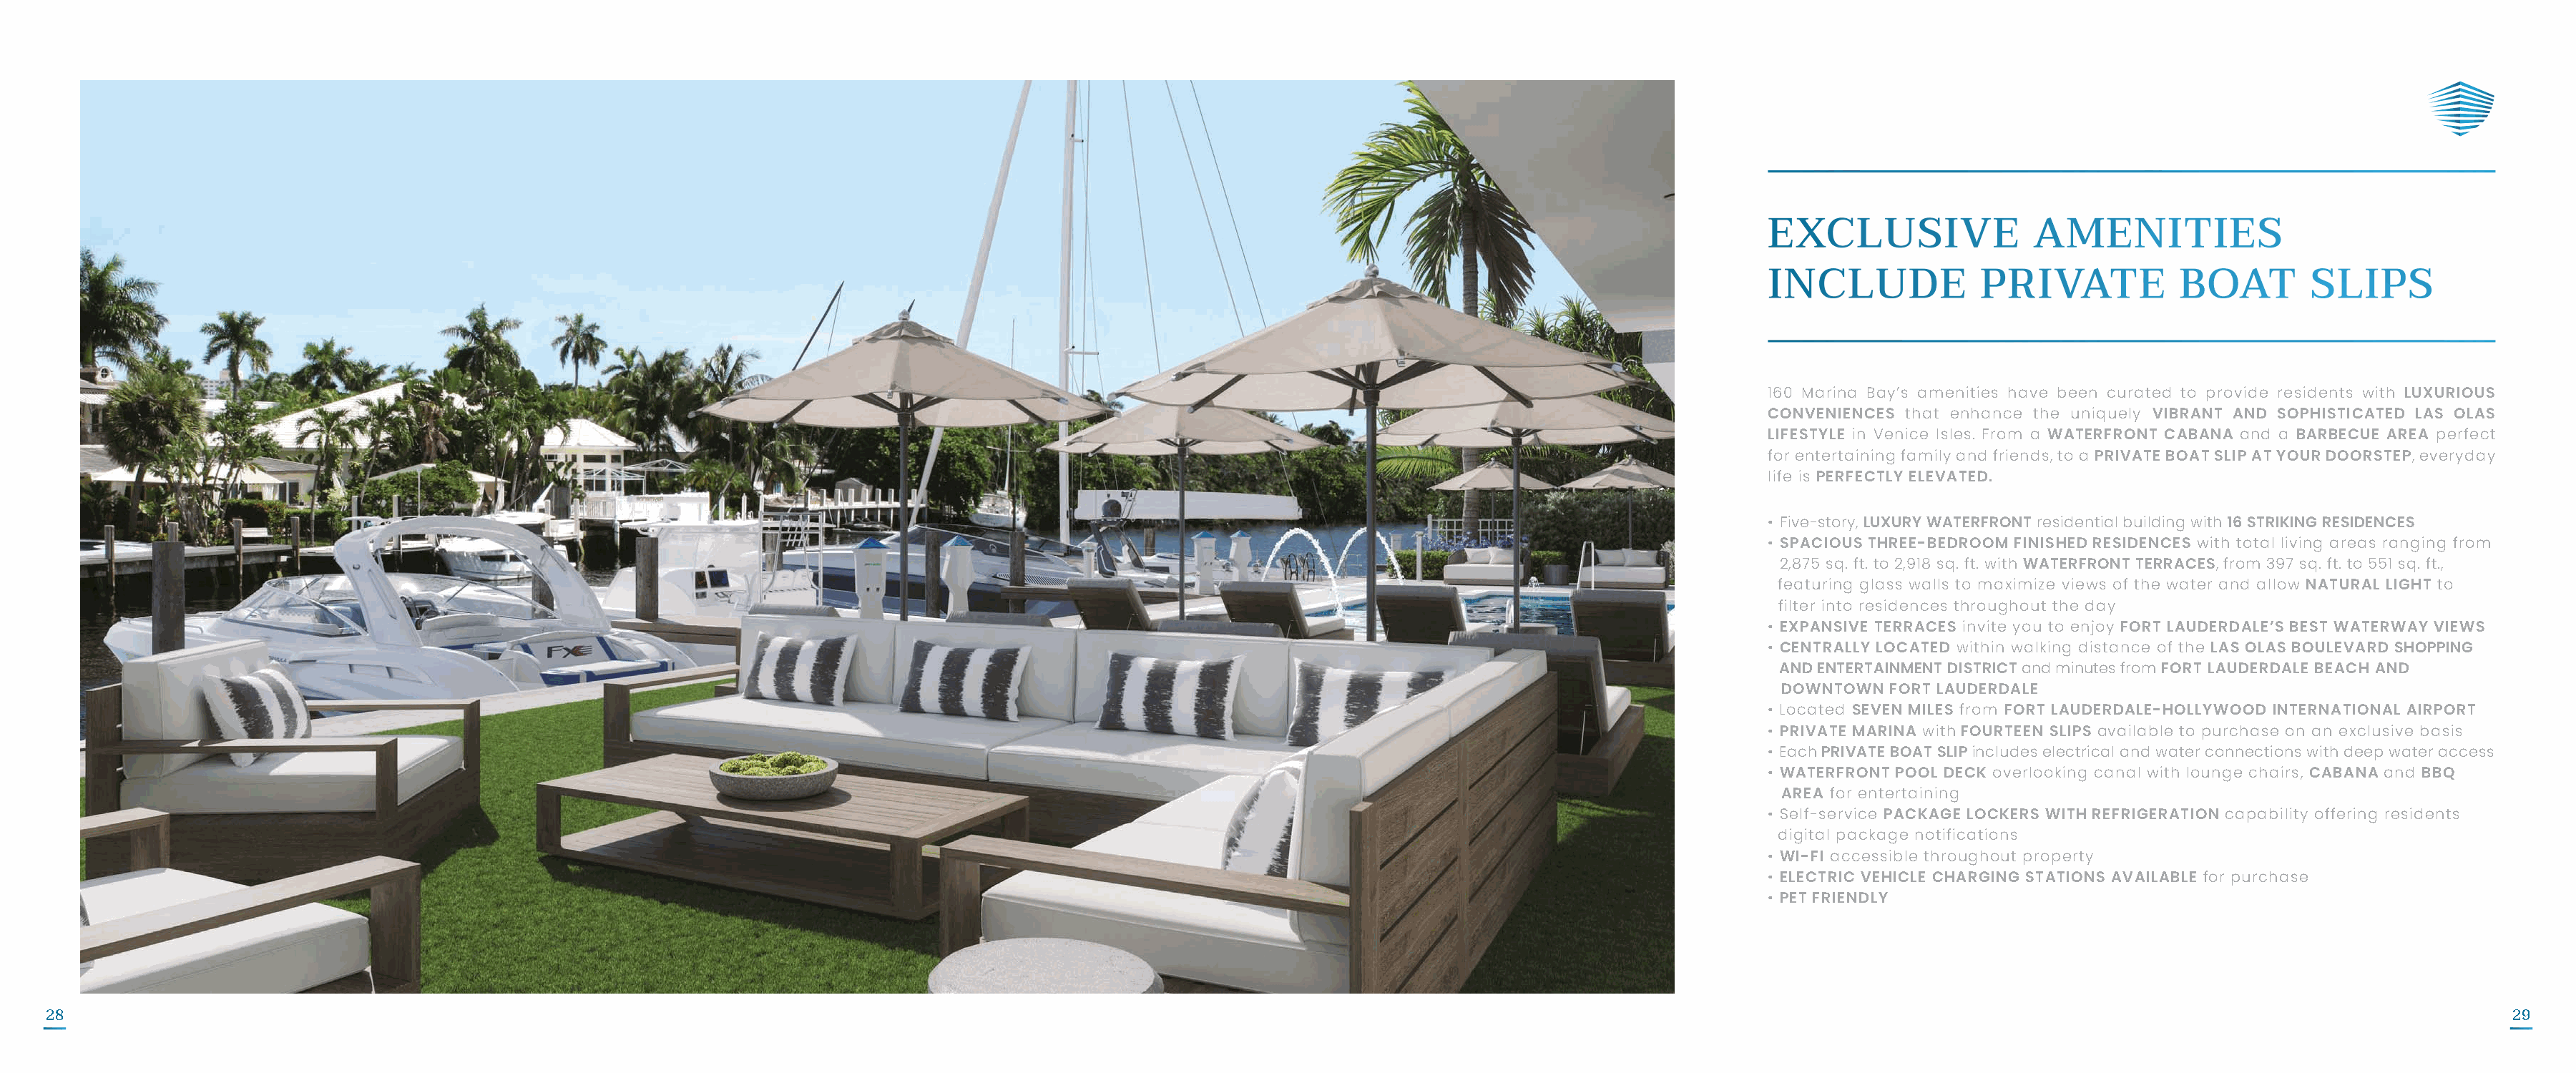
160 Marina Bay’s amenities have been curated to provide residents with LUXURIOUS
 CONVENIENCES that enhance the uniquely VIBRANT AND SOPHISTICATED LAS OLAS
 LIFESTYLE in Venice Isles. From a WATERFRONT CABANA and a BARBECUE AREA perfect
 for entertaining family and friends, to a PRIVATE BOAT SLIP AT YOUR DOORSTEP, everyday
 life is PERFECTLY ELEVATED.
 • Five-story, LUXURY WATERFRONT residential building with 16 STRIKING RESIDENCES
 • SPACIOUS THREE-BEDROOM FINISHED RESIDENCES with total living areas ranging from
 2,875 sq. ft. to 2,918 sq. ft. with WATERFRONT TERRACES, from 397 sq. ft. to 551 sq. ft.,
 featuring glass walls to maximize views of the water and allow NATURAL LIGHT to
 filter into residences throughout the day
 • EXPANSIVE TERRACES invite you to enjoy FORT LAUDERDALE’S BEST WATERWAY VIEWS
 • CENTRALLY LOCATED within walking distance of the LAS OLAS BOULEVARD SHOPPING
 AND ENTERTAINMENT DISTRICT and minutes from FORT LAUDERDALE BEACH AND
 DOWNTOWN  FORT LAUDERDALE
 • Located SEVEN MILES from FORT LAUDERDALE-HOLLYWOOD INTERNATIONAL AIRPORT
 • PRIVATE MARINA with FOURTEEN SLIPS available to purchase on an exclusive basis
 • Each PRIVATE BOAT SLIP includes electrical and water connections with deep water access
 • WATERFRONT POOL DECK overlooking canal with lounge chairs, CABANA and BBQ
 AREA for entertaining
 • Self-service PACKAGE LOCKERS WITH REFRIGERATION capability offering residents
 digital package notifications
 • WI-FI accessible throughout property
 • ELECTRIC VEHICLE CHARGING STATIONS AVAILABLE for purchase
 • PET FRIENDLY
 28                                                                                                                                                                                                                                  29